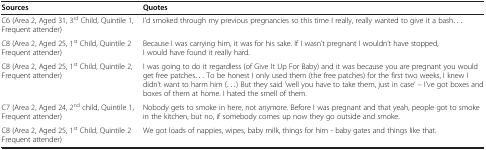
<table><thead><tr><td><b>Sources</b></td><td><b>Quotes</b></td></tr></thead><tbody><tr><td>C6 (Area 2, Aged 31, 3<sup>rd</sup> Child, Quintile 1, Frequent attender)</td><td>I’d smoked through my previous pregnancies so this time I really, really wanted to give it a bash...</td></tr><tr><td>C8 (Area 2, Aged 25, 1<sup>st</sup> Child, Quintile 2 Frequent attender)</td><td>Because I was carrying him, it was for his sake. If I wasn’t pregnant I wouldn’t have stopped, I would have found it really hard.</td></tr><tr><td>C8 (Area 2, Aged 25, 1<sup>st</sup> Child, Quintile 2, Frequent attender)</td><td>I was going to do it regardless (of Give It Up For Baby) and it was because you are pregnant you would get free patches... To be honest I only used them (the free patches) for the first two weeks, I knew I didn’t want to harm him (...) But they said ‘well you have to take them, just in case’ – I’ve got boxes and boxes of them at home. I hated the smell of them.</td></tr><tr><td>C7 (Area 2, Aged 24, 2<sup>nd</sup> child, Quintile 1, Frequent attender)</td><td>Nobody gets to smoke in here, not anymore. Before I was pregnant and that yeah, people got to smoke in the kitchen, but no, if somebody comes up now they go outside and smoke.</td></tr><tr><td>C8 (Area 2, Aged 25, 1<sup>st</sup> Child, Quintile 2 Frequent attender)</td><td>We got loads of nappies, wipes, baby milk, things for him - baby gates and things like that.</td></tr></tbody></table>